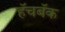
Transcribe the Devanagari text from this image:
हॅचबॅक